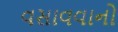
વસાવવાનો